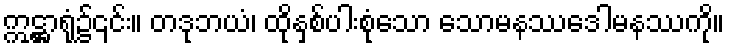
ဣဋ္ဌာရုံ၌၎င်း။ တဒုဘယံ၊ ထိုနှစ်ပါးစုံသော သောမနဿဒေါမနဿကို။